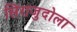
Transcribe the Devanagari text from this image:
सिराजुदोला